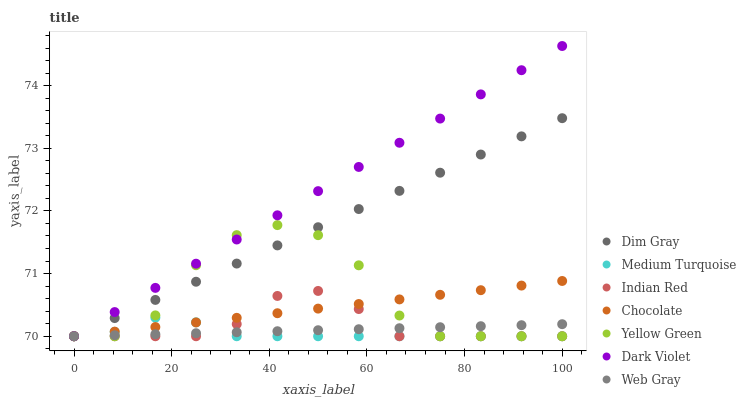
| xaxis_label | Dim Gray | Medium Turquoise | Indian Red | Chocolate | Yellow Green | Dark Violet | Web Gray |
 | --- | --- | --- | --- | --- | --- | --- | --- |
 | 0 | 70 | 70 | 70 | 70 | 70 | 70 | 70 |
 | 8.33 | 70.3 | 70.1 | 70 | 70.1 | 70 | 70.4 | 70 |
 | 16.7 | 70.6 | 70.3 | 70 | 70.1 | 70.3 | 70.8 | 70 |
 | 25 | 70.9 | 70.2 | 70 | 70.2 | 71.1 | 71.2 | 70 |
 | 33.3 | 71.2 | 70 | 70.2 | 70.3 | 71.6 | 71.5 | 70.1 |
 | 41.7 | 71.5 | 70 | 70.6 | 70.4 | 71.8 | 71.9 | 70.1 |
 | 50 | 71.7 | 70 | 70.7 | 70.4 | 71.6 | 72.3 | 70.1 |
 | 58.3 | 72 | 70 | 70.4 | 70.5 | 71.1 | 72.7 | 70.1 |
 | 66.7 | 72.3 | 70 | 70 | 70.6 | 70.3 | 73.1 | 70.1 |
 | 75 | 72.6 | 70 | 70 | 70.7 | 70 | 73.5 | 70.1 |
 | 83.3 | 72.9 | 70 | 70 | 70.7 | 70 | 73.9 | 70.2 |
 | 91.7 | 73.2 | 70 | 70 | 70.8 | 70 | 74.2 | 70.2 |
 | 100 | 73.5 | 70 | 70 | 70.9 | 70 | 74.6 | 70.2 |